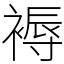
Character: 褥